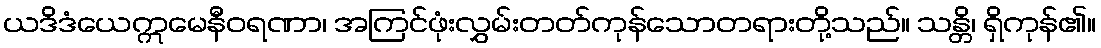
ယဒိဒံယေဣမေနီဝရဏာ၊ အကြင်ဖုံးလွှမ်းတတ်ကုန်သောတရားတို့သည်။ သန္တိ၊ ရှိကုန်၏။